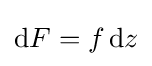
\mathrm {d} F=f\,\mathrm {d} z